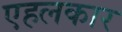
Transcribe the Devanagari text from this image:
एहलकार